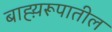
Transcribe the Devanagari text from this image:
बाह्य़रूपातील